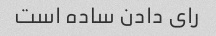
رای دادن ساده است